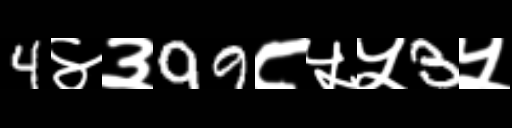
Text: 4४३99८५५3५